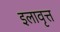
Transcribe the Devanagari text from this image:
इलावृत्त